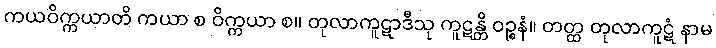
ကယဝိက္ကယာတိ ကယာ စ ဝိက္ကယာ စ။ တုလာကူဋာဒီသု ကူဋန္တိ ဝဉ္စနံ။ တတ္ထ တုလာကူဋံ နာမ